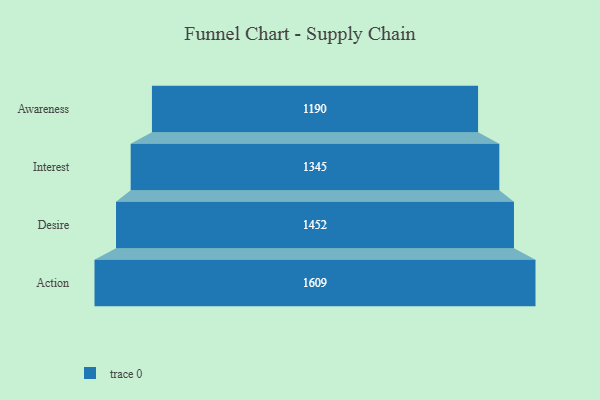
{"axis": {"x": "Stage", "y": "Value"}, "legend": [""], "data": [{"x": "Awareness", "y": 1190.0, "type": ""}, {"x": "Interest", "y": 1345.0, "type": ""}, {"x": "Desire", "y": 1452.0, "type": ""}, {"x": "Action", "y": 1609.0, "type": ""}]}